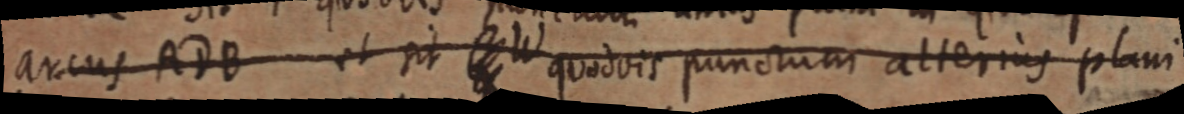
arcus ADB et sit W quodvis punctum alterius plani